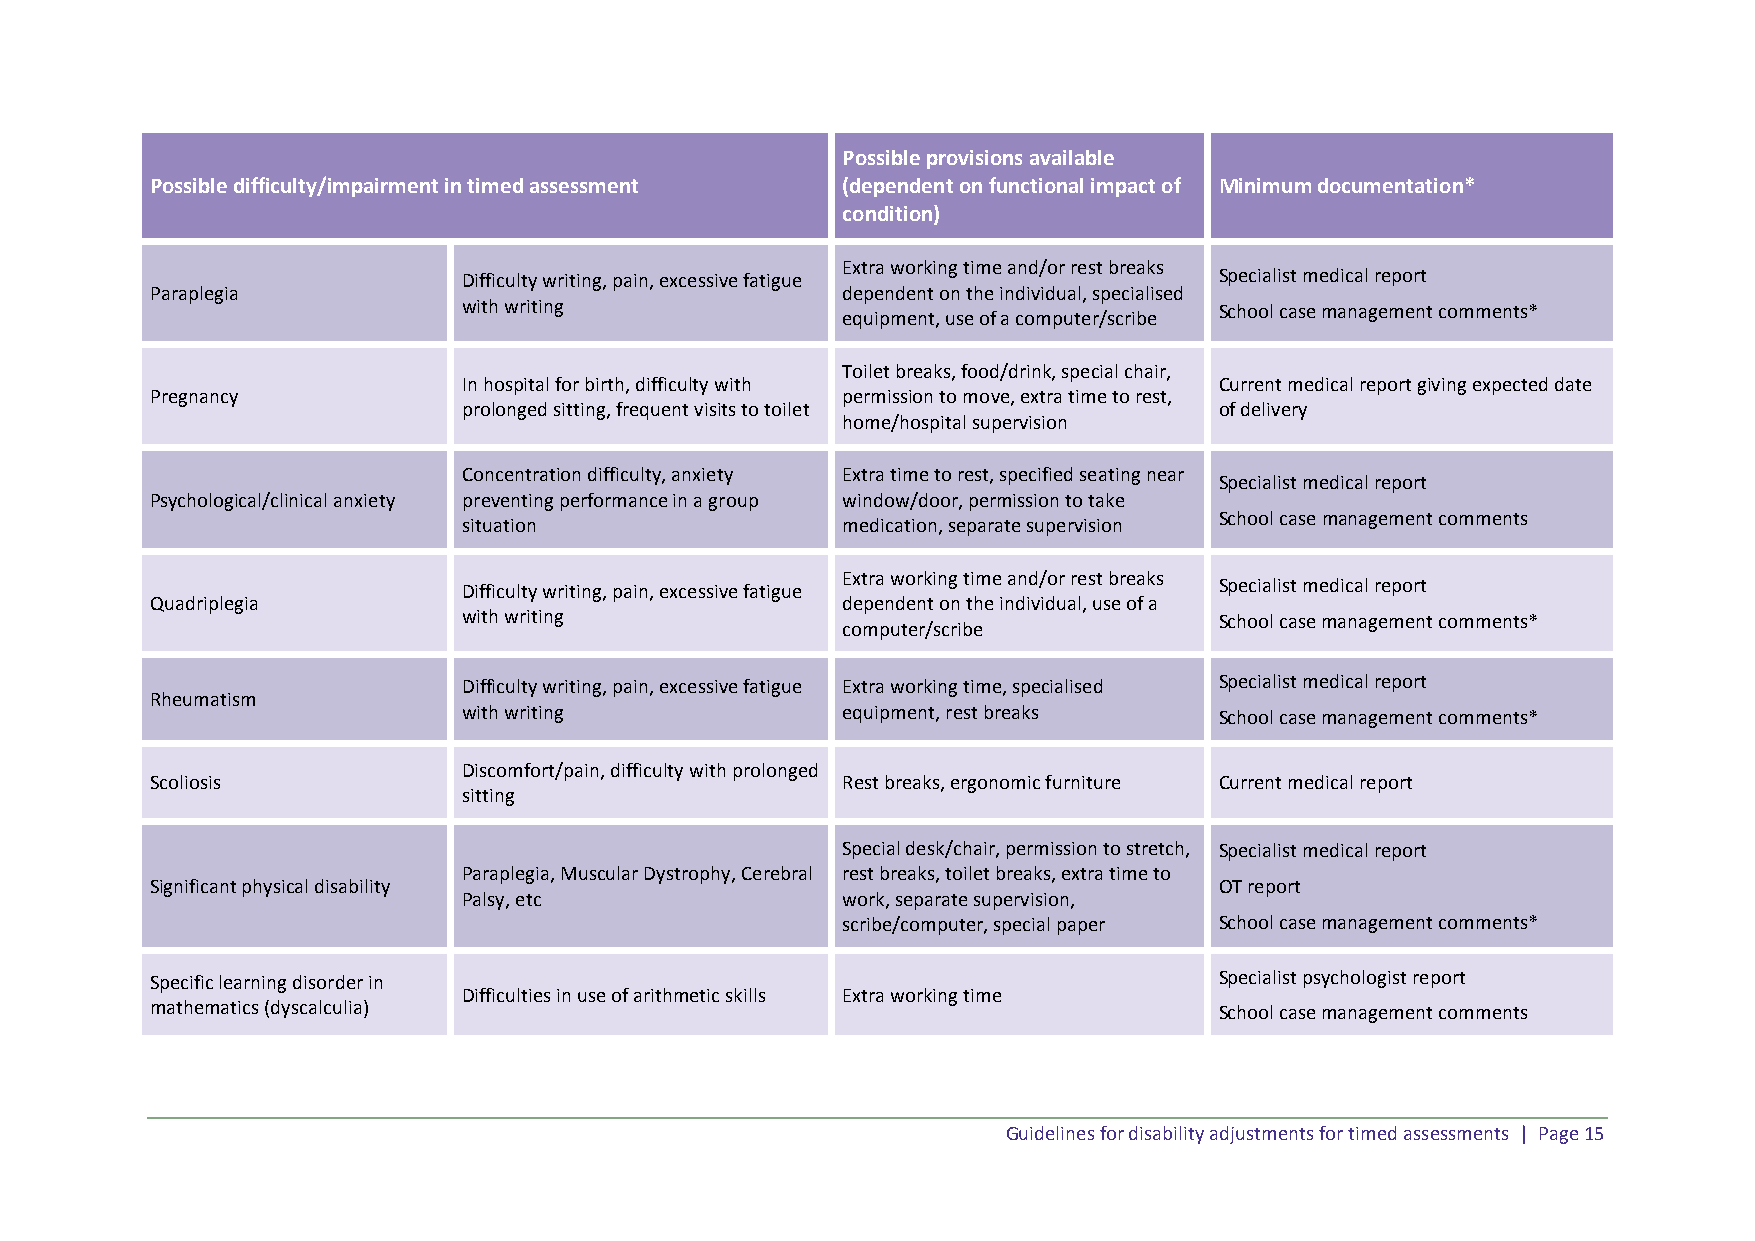
Possible provisions available
 Possible difficulty/impairment in timed assessment (dependent on functional impact of Minimum documentation*
 condition)
 Extra working time and/or rest breaks
 Difficulty writing, pain, excessive fatigue       Specialist medical report
 Paraplegia                                    dependent on the individual, specialised
 with writing                                      School case management comments*
 equipment, use of a computer/scribe
 Toilet breaks, food/drink, special chair,
 In hospital for birth, difficulty with            Current medical report giving expected date
 Pregnancy                                     permission to move, extra time to rest,
 prolonged sitting, frequent visits to toilet      of delivery
 home/hospital supervision
 Concentration difficulty, anxiety Extra time to rest, specified seating near
 Specialist medical report
 Psychological/clinical anxiety preventing performance in a group window/door, permission to take
 School case management comments
 situation                medication, separate supervision
 Extra working time and/or rest breaks
 Difficulty writing, pain, excessive fatigue       Specialist medical report
 Quadriplegia                                  dependent on the individual, use of a
 with writing                                      School case management comments*
 computer/scribe
 Difficulty writing, pain, excessive fatigue Extra working time, specialised Specialist medical report
 Rheumatism
 with writing             equipment, rest breaks   School case management comments*
 Discomfort/pain, difficulty with prolonged
 Scoliosis                                     Rest breaks, ergonomic furniture Current medical report
 sitting
 Special desk/chair, permission to stretch, Specialist medical report
 Paraplegia, Muscular Dystrophy, Cerebral rest breaks, toilet breaks, extra time to
 Significant physical disability                                        OT report
 Palsy, etc               work, separate supervision,
 scribe/computer, special paper School case management comments*
 Specific learning disorder in                                          Specialist psychologist report
 Difficulties in use of arithmetic skills Extra working time
 mathematics (dyscalculia)                                              School case management comments
 Guidelines for disability adjustments for timed assessments | Page 15